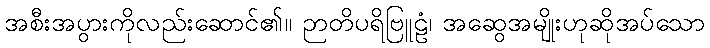
အစီးအပွားကိုလည်းဆောင်၏။ ဉာတိပရိဗြူဠံ၊ အဆွေအမျိုးဟုဆိုအပ်သော